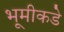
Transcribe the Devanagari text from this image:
भूमीकडे